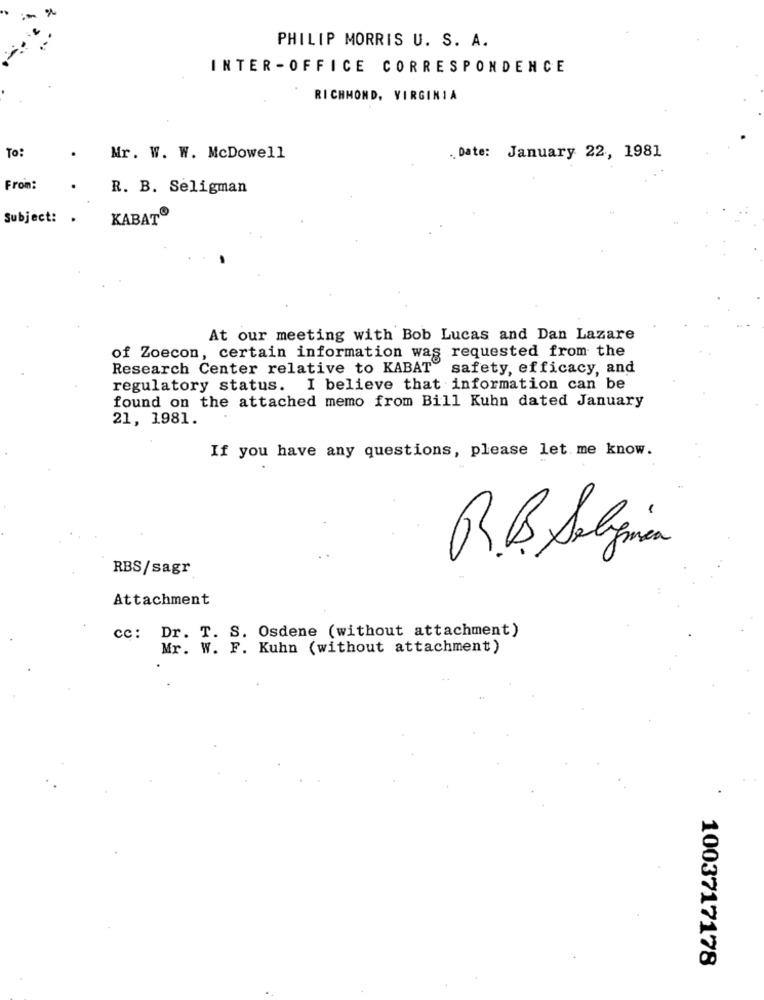
PHILIP MORRIS U. S. A.
INTER -OFFICE CORRESPONDENCE
RICHMOND, VIRGINIA
To:
Mr. W. W. McDowell
. Date: January 22, 1981
From:
R. B. Seligman
Subject: .
KABAT®
At our meeting with Bob Lucas and Dan Lazare
of Zoecon, certain information was requested from the
Research Center relative to KABAT safety, efficacy, and
regulatory status. I believe that information can be
found on the attached memo from Bill Kuhn dated January
21, 1981.
If you have any questions, please let me know.
R. Solzmien
RBS/sagr
Attachment
cc: Dr. T. S. Osdene (without attachment)
Mr. W. F. Kuhn (without attachment)
1003717178